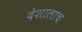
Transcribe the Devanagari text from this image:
देशालाच